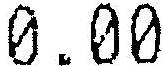
0.00